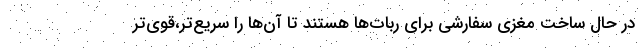
در حال ساخت مغزی سفارشی برای ربات‌ها هستند تا آن‌ها را سریع‌تر،قوی‌تر